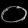
Digit: ၀